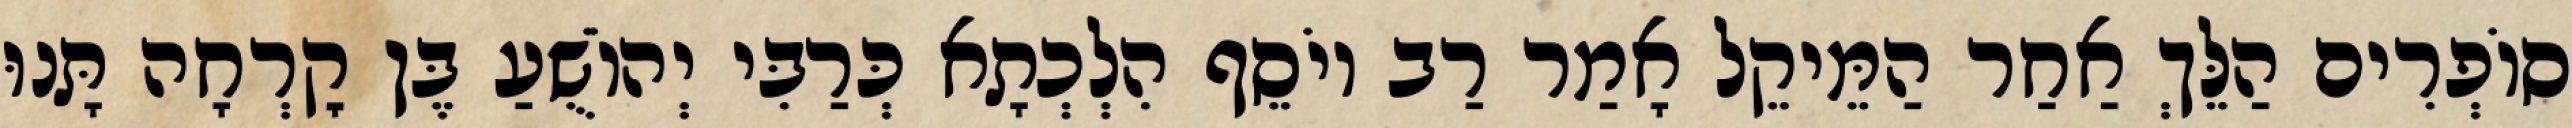
סוֹפְרִים הַלֵּךְ אַחַר הַמֵּיקֵל אָמַר רַב יוֹסֵף הִלְכְתָא כְּרַבִּי יְהוֹשֻׁעַ בֶּן קׇרְחָה תָּנוּ